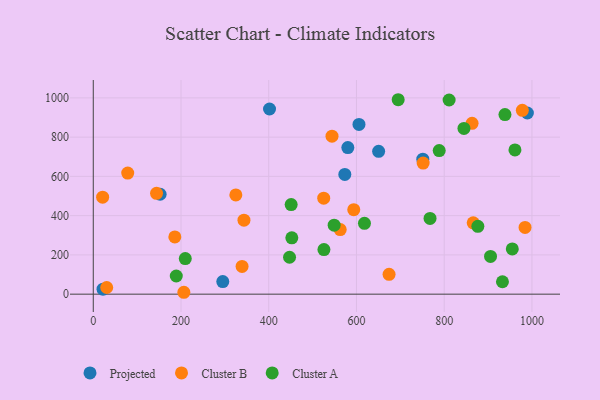
{"axis": {"x": "Engine Size", "y": "Profit"}, "legend": ["Cluster A", "Cluster B", "Projected"], "data": [{"x": "650.5", "y": 727.5, "type": "Projected"}, {"x": "401.8", "y": 943.3, "type": "Projected"}, {"x": "580.3", "y": 746.6, "type": "Projected"}, {"x": "605.7", "y": 865.0, "type": "Projected"}, {"x": "295.2", "y": 63.9, "type": "Projected"}, {"x": "152.4", "y": 508.9, "type": "Projected"}, {"x": "989.6", "y": 922.9, "type": "Projected"}, {"x": "573.4", "y": 609.8, "type": "Projected"}, {"x": "751.2", "y": 687.5, "type": "Projected"}, {"x": "22.2", "y": 25.5, "type": "Projected"}, {"x": "78.5", "y": 616.7, "type": "Cluster B"}, {"x": "325.0", "y": 505.5, "type": "Cluster B"}, {"x": "593.8", "y": 430.6, "type": "Cluster B"}, {"x": "544.2", "y": 804.8, "type": "Cluster B"}, {"x": "21.3", "y": 494.3, "type": "Cluster B"}, {"x": "339.2", "y": 141.3, "type": "Cluster B"}, {"x": "866.1", "y": 363.4, "type": "Cluster B"}, {"x": "984.3", "y": 339.8, "type": "Cluster B"}, {"x": "978.1", "y": 936.8, "type": "Cluster B"}, {"x": "144.2", "y": 513.8, "type": "Cluster B"}, {"x": "185.9", "y": 291.5, "type": "Cluster B"}, {"x": "674.3", "y": 100.8, "type": "Cluster B"}, {"x": "752.0", "y": 668.1, "type": "Cluster B"}, {"x": "343.5", "y": 376.8, "type": "Cluster B"}, {"x": "30.6", "y": 34.0, "type": "Cluster B"}, {"x": "525.3", "y": 489.2, "type": "Cluster B"}, {"x": "206.5", "y": 9.6, "type": "Cluster B"}, {"x": "863.5", "y": 870.4, "type": "Cluster B"}, {"x": "562.9", "y": 329.2, "type": "Cluster B"}, {"x": "549.1", "y": 351.3, "type": "Cluster A"}, {"x": "932.8", "y": 63.1, "type": "Cluster A"}, {"x": "189.2", "y": 92.6, "type": "Cluster A"}, {"x": "767.7", "y": 385.6, "type": "Cluster A"}, {"x": "845.0", "y": 844.2, "type": "Cluster A"}, {"x": "452.6", "y": 287.2, "type": "Cluster A"}, {"x": "811.2", "y": 989.1, "type": "Cluster A"}, {"x": "209.7", "y": 181.1, "type": "Cluster A"}, {"x": "905.6", "y": 192.3, "type": "Cluster A"}, {"x": "525.8", "y": 226.9, "type": "Cluster A"}, {"x": "938.5", "y": 914.9, "type": "Cluster A"}, {"x": "955.2", "y": 230.3, "type": "Cluster A"}, {"x": "618.2", "y": 360.7, "type": "Cluster A"}, {"x": "695.1", "y": 990.6, "type": "Cluster A"}, {"x": "451.1", "y": 456.5, "type": "Cluster A"}, {"x": "788.6", "y": 731.4, "type": "Cluster A"}, {"x": "876.7", "y": 345.8, "type": "Cluster A"}, {"x": "961.3", "y": 735.0, "type": "Cluster A"}, {"x": "447.4", "y": 188.0, "type": "Cluster A"}]}